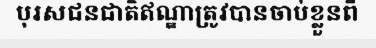
បុរសជនជាតិឥណ្ឌាត្រូវបានចាប់ខ្លួនពី